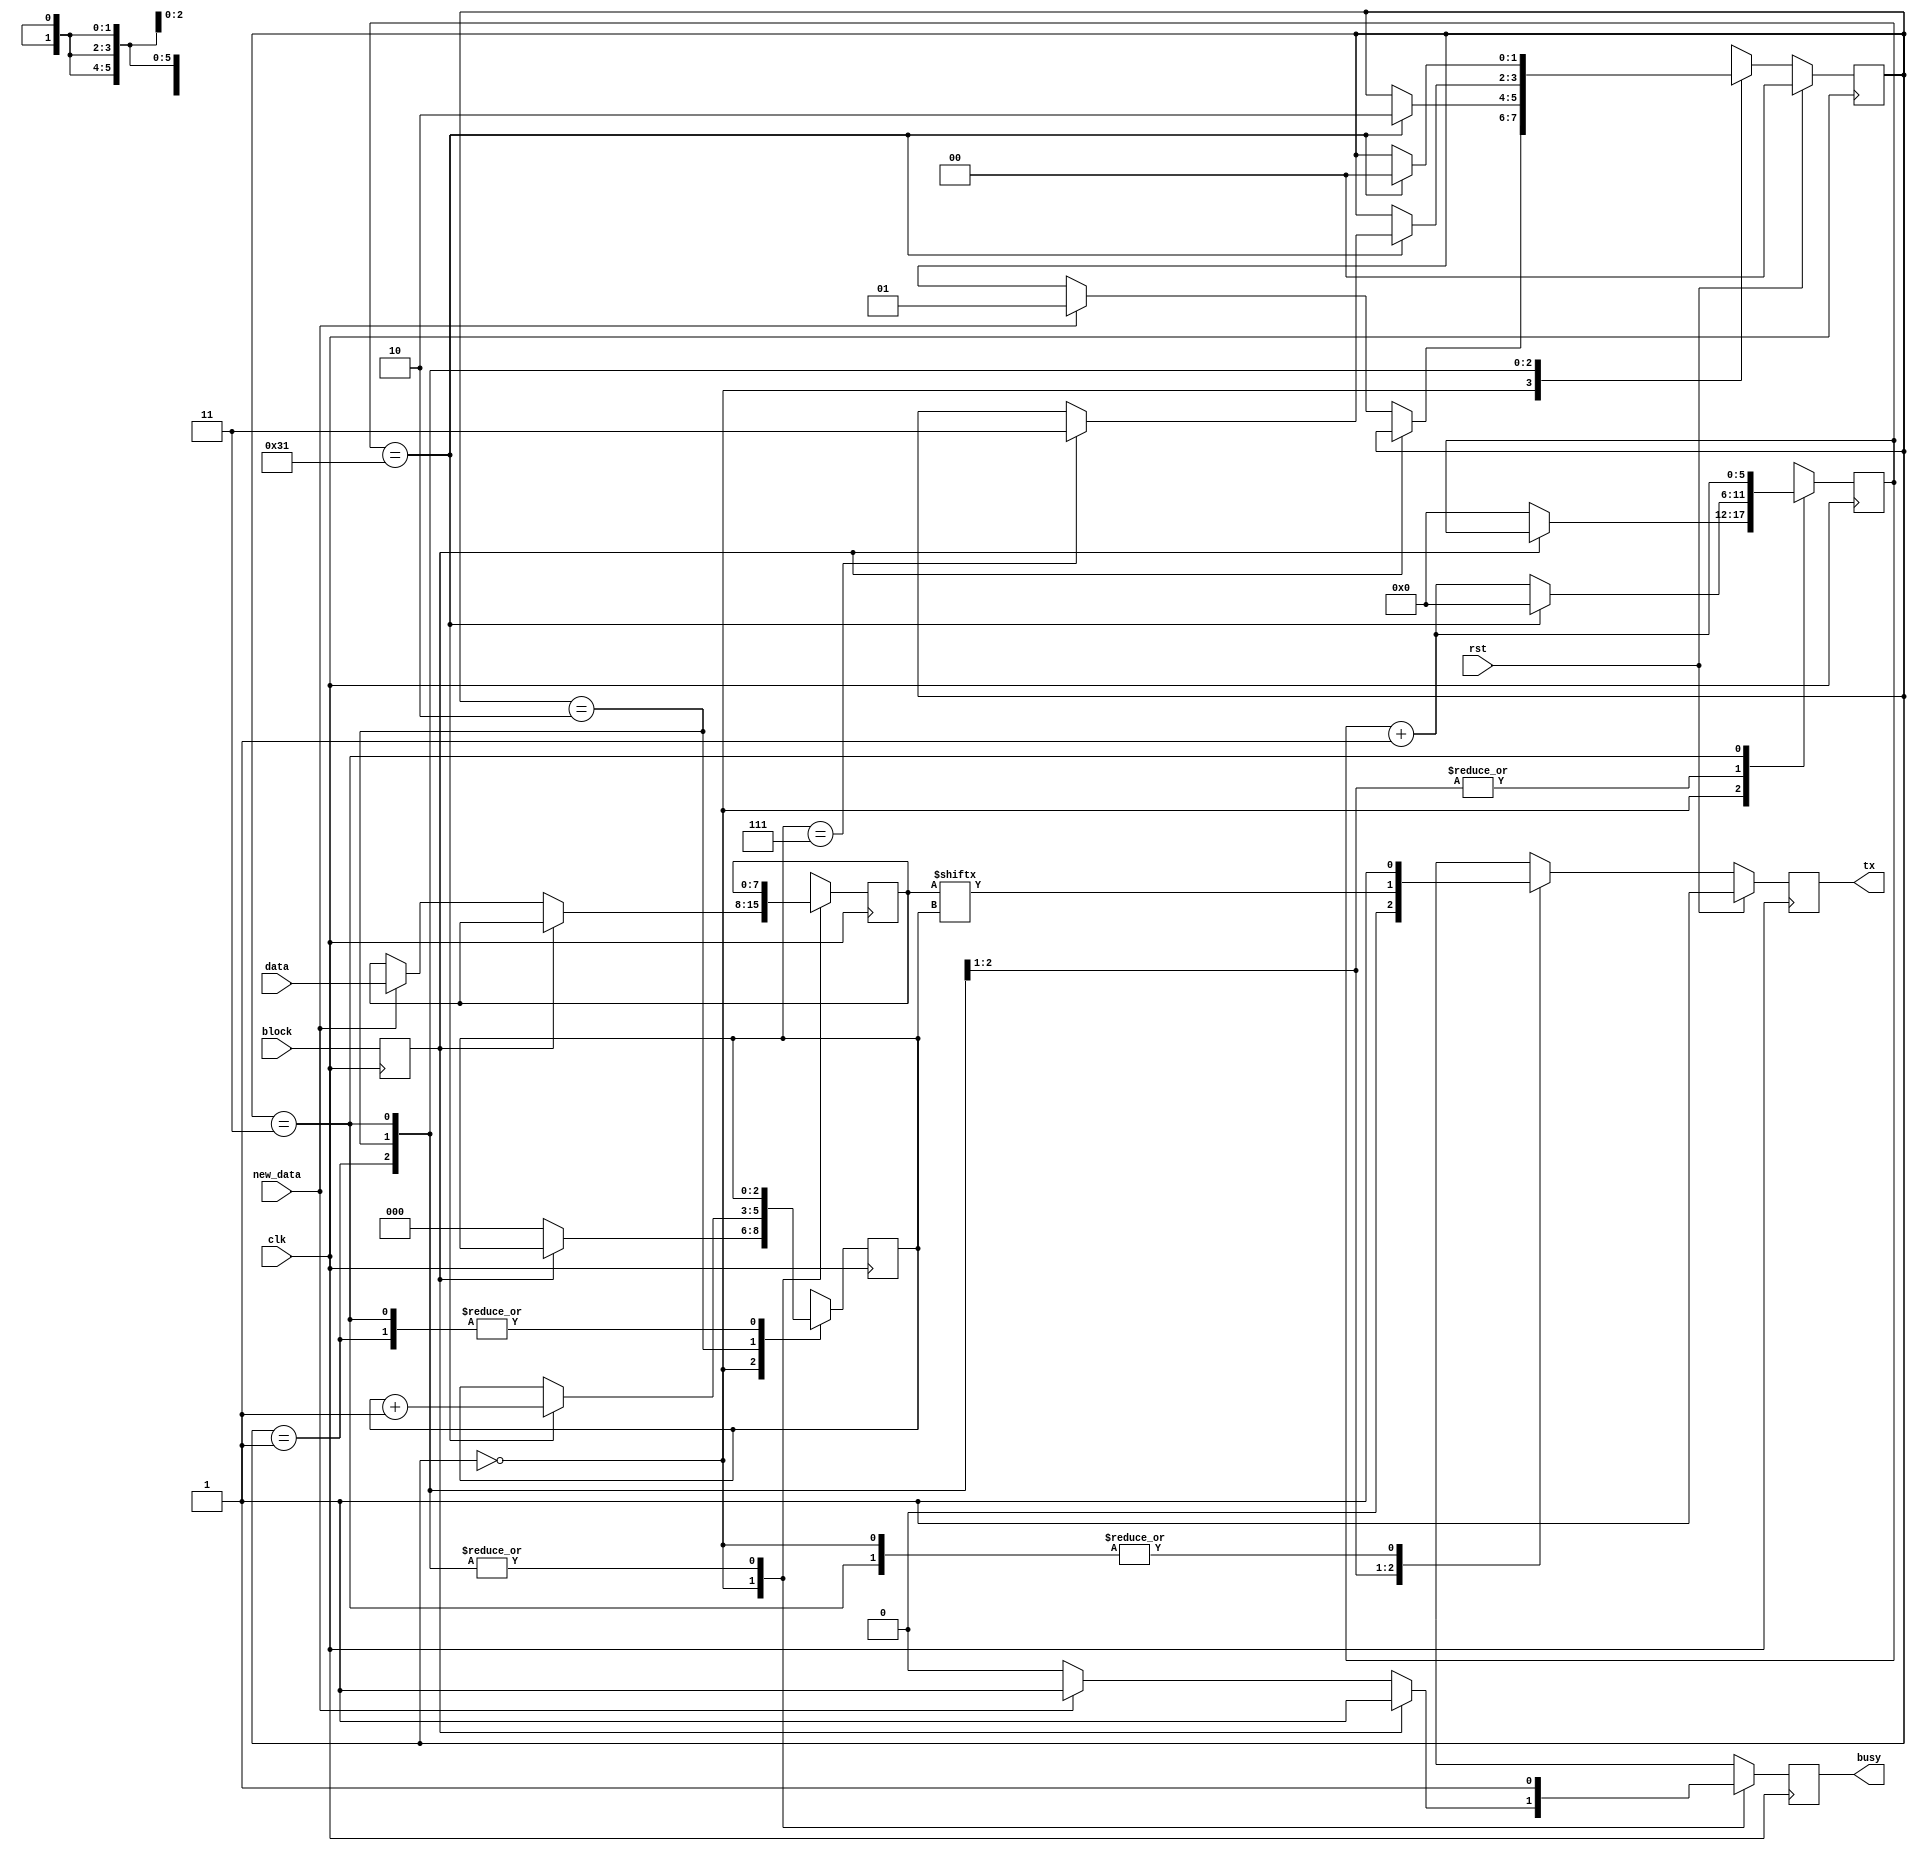
module serial_tx #(
		parameter CLK_PER_BIT = 50,
		parameter CTR_SIZE = 6
	)(
		input clk,
		input rst,
		output tx,
		input block,
		output busy,
		input [7:0] data,
		input new_data
	);
	
	localparam STATE_SIZE = 2;
	localparam IDLE = 2'd0,
			START_BIT = 2'd1,
			DATA = 2'd2,
			STOP_BIT = 2'd3;
	
	reg [CTR_SIZE-1:0] ctr_d, ctr_q;
	reg [2:0] bit_ctr_d, bit_ctr_q;
	reg [7:0] data_d, data_q;
	reg [STATE_SIZE-1:0] state_d, state_q = IDLE;
	reg tx_d, tx_q;
	reg busy_d, busy_q;
	reg block_d, block_q;
	
	assign tx = tx_q;
	assign busy = busy_q;
	
	always @(*) begin
		block_d = block;
		ctr_d = ctr_q;
		bit_ctr_d = bit_ctr_q;
		data_d = data_q;
		state_d = state_q;
		busy_d = busy_q;
		
		case (state_q)
			IDLE: begin
				if (block_q) begin
					busy_d = 1'b1;
					tx_d = 1'b1;
				end else begin
					busy_d = 1'b0;
					tx_d = 1'b1;
					bit_ctr_d = 3'b0;
					ctr_d = 1'b0;
					if (new_data) begin
						data_d = data;
						state_d = START_BIT;
						busy_d = 1'b1;
					end
				end
			end
			START_BIT: begin
				busy_d = 1'b1;
				ctr_d = ctr_q + 1'b1;
				tx_d = 1'b0;
				if (ctr_q == CLK_PER_BIT - 1) begin
					ctr_d = 1'b0;
					state_d = DATA;
				end
			end
			DATA: begin
				busy_d = 1'b1;
				tx_d = data_q[bit_ctr_q];
				ctr_d = ctr_q + 1'b1;
				if (ctr_q == CLK_PER_BIT - 1) begin
					ctr_d = 1'b0;
					bit_ctr_d = bit_ctr_q + 1'b1;
					if (bit_ctr_q == 7) begin
						state_d = STOP_BIT;
					end
				end
			end
			STOP_BIT: begin
				busy_d = 1'b1;
				tx_d = 1'b1;
				ctr_d = ctr_q + 1'b1;
				if (ctr_q == CLK_PER_BIT - 1) begin
					state_d = IDLE;
				end
			end
			default: begin
				state_d = IDLE;
			end
		endcase
	end
	
	always @(posedge clk) begin
		if (rst) begin
			state_q <= IDLE;
			tx_q <= 1'b1;
		end else begin
			state_q <= state_d;
			tx_q <= tx_d;
		end
		
		block_q <= block_d;
		data_q <= data_d;
		bit_ctr_q <= bit_ctr_d;
		ctr_q <= ctr_d;
		busy_q <= busy_d;
	end
	
endmodule